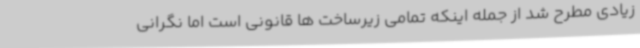
زیادی مطرح شد از جمله اینکه تمامی زیرساخت ها قانونی است اما نگرانی